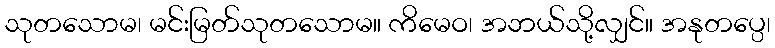
သုတသောမ၊ မင်းမြတ်သုတသောမ။ ကိမေဝ၊ အဘယ်သို့လျှင်။ အနုတပ္ပေ၊